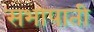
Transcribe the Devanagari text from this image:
सभापाती